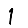
Digit: 1